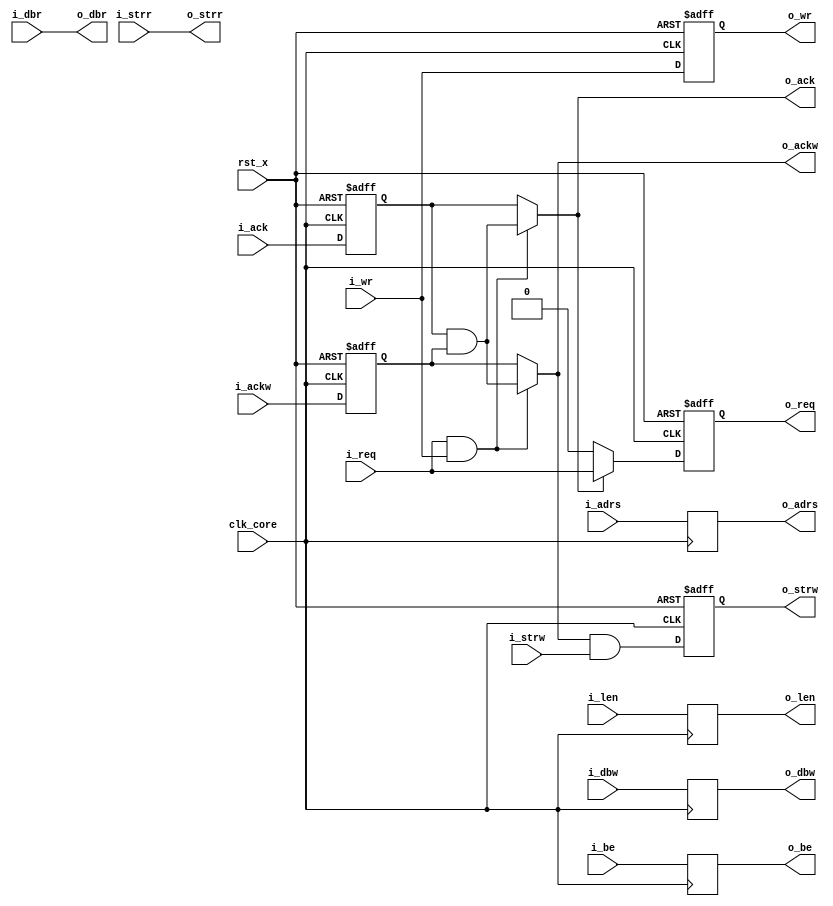
module fm_cmn_if_ff_out (
    clk_core,
    rst_x,
    // local interface
    i_req,
    i_wr,
    i_adrs,
    i_len,
    o_ack,
    i_strw,
    i_be,
    i_dbw,
    o_ackw,
    o_strr,
    o_dbr,
    // F/F interface
    o_req,
    o_wr,
    o_adrs,
    o_len,
    i_ack,
    o_strw,
    o_be,
    o_dbw,
    i_ackw,
    i_strr,
    i_dbr
 );

//////////////////////////////////
// parameter
//////////////////////////////////
    parameter P_ADRS_WIDTH = 'd22;
    parameter P_DATA_WIDTH = 'd32;
    parameter P_BLEN_WIDTH = 'd6;

    parameter P_BE_WIDTH   = P_DATA_WIDTH/8;

//////////////////////////////////
// I/O port definition
//////////////////////////////////
    input          clk_core;
    input          rst_x;
    // local interface
    input          i_req;
    input          i_wr;
    input  [P_ADRS_WIDTH-1:0]
                   i_adrs;
    input  [P_BLEN_WIDTH-1:0]
                   i_len;
    output         o_ack;
    input          i_strw;
    input  [P_BE_WIDTH-1:0]
                   i_be;
    input  [P_DATA_WIDTH-1:0]
                   i_dbw;
    output         o_ackw;
    output         o_strr;
    output [P_DATA_WIDTH-1:0]
                   o_dbr;
    // F/F-ed interface
    output         o_req;
    output         o_wr;
    output [P_ADRS_WIDTH-1:0]
                   o_adrs;
    output [P_BLEN_WIDTH-1:0]
                   o_len;
    input          i_ack;
    output         o_strw;
    output [P_BE_WIDTH-1:0]
                   o_be;
    output [P_DATA_WIDTH-1:0]
                   o_dbw;
    input          i_ackw;
    input          i_strr;
    input  [P_DATA_WIDTH-1:0]
                   i_dbr;

//////////////////////////////////
// reg 
//////////////////////////////////
    reg            r_req;
    reg            r_wr;
    reg    [P_ADRS_WIDTH-1:0]
                   r_adrs;
    reg    [P_BLEN_WIDTH-1:0]
                   r_len;
    reg            r_ack;
    reg            r_strw;
    reg    [P_BE_WIDTH-1:0]
                   r_be;
    reg    [P_DATA_WIDTH-1:0]
                   r_dbw;
    reg            r_ackw;
//    reg    [P_DATA_WIDTH-1:0]
//                   r_dbr;
//    reg            r_strr;
//////////////////////////////////
// wire 
//////////////////////////////////
//////////////////////////////////
// assign 
//////////////////////////////////

    assign o_req = r_req;
    assign o_wr = r_wr;
    assign o_adrs = r_adrs;
    assign o_len = r_len;
    assign o_strw = r_strw;
    assign o_be = r_be;
    assign o_dbw = r_dbw;

    assign o_ack = (i_req & i_wr) ? (r_ack & r_ackw) : r_ack;
    assign o_ackw = (i_req & i_wr) ? (r_ack & r_ackw) : r_ackw;

    assign o_dbr = i_dbr;
    assign o_strr = i_strr;

//////////////////////////////////
// always
//////////////////////////////////
    always @(posedge clk_core or negedge rst_x) begin
        if (~rst_x) begin
            r_req <= 1'b0;
            r_wr <= 1'b0;
            r_strw <= 1'b0;
        end else begin
            r_req <= (o_ack) ? i_req : 1'b0;
            r_wr <= i_wr;
            r_strw <= (o_ackw & i_strw);
        end
    end

    always @(posedge clk_core) begin
        r_adrs <= i_adrs;
        r_len <= i_len;
        r_be <= i_be;
        r_dbw <= i_dbw;
    end

    always @(posedge clk_core or negedge rst_x) begin
        if (~rst_x) begin
            r_ack <= 1'b0;
            r_ackw <= 1'b0;
        end else begin
            r_ack <= i_ack;
            r_ackw <= i_ackw;
        end
    end

endmodule